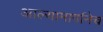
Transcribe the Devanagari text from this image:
आल्यामार्गानेच